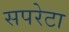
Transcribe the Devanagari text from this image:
सपरेटा